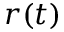
r ( t )